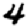
Digit: 4